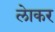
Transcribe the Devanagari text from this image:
लेाकर